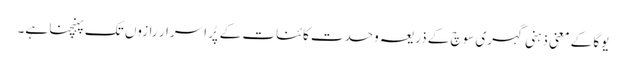
یوگا کے معنی ذہنی گہری سوچ کے ذریعہ وحدت کائنات کے پُر اسرار رازوں تک پہنچنا ہے۔